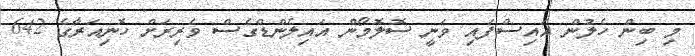
މި ބިން ހެލުން އައިސްފައި ވަނީ ސޮލޮމޯން އައިލެންޑްގެސް ވެރިރަށް ހޮނިއަރާގެ 642